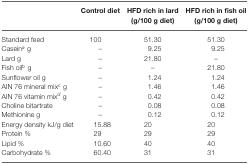
|  | Control diet | HFD rich in lard (g/100 g diet) | HFD rich in fish oil (g/100 g diet) |
 | --- | --- | --- | --- |
 | Standard feed | 100 | 51.30 | 51.30 |
 | Caseina g | – | 9.25 | 9.25 |
 | Lard g | – | 21.80 | – |
 | Fish oilb g | – | – | 21.80 |
 | Sunflower oil g | – | 1.24 | 1.24 |
 | AIN 76 mineral mixc g | – | 1.46 | 1.46 |
 | AIN 76 vitamin mixd g | – | 0.42 | 0.42 |
 | Choline bitartrate | – | 0.08 | 0.08 |
 | Methionine g | – | 0.12 | 0.12 |
 | Energy density kJ/g diet | 15.88 | 20 | 20 |
 | Protein % | 29 | 29 | 29 |
 | Lipid % | 10.60 | 40 | 40 |
 | Carbohydrate % | 60.40 | 31 | 31 |